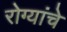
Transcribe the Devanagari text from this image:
रोग्यांचे